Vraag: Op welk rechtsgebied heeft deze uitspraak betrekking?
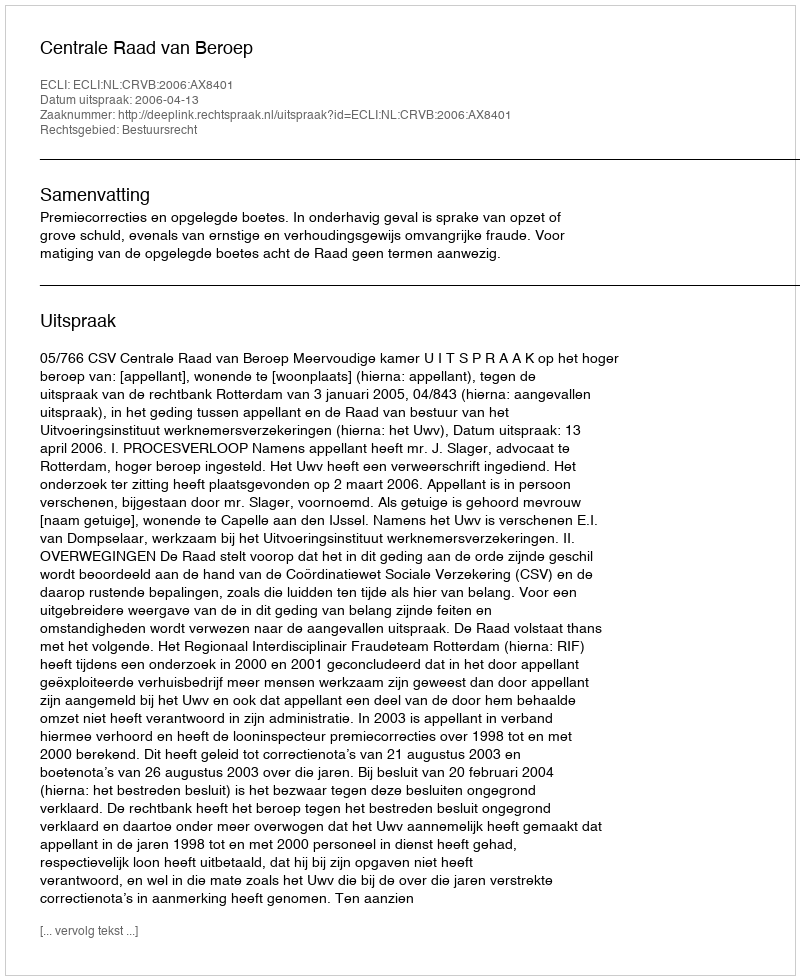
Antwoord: Bestuursrecht